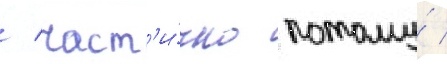
/ част'и́чно потому́ /